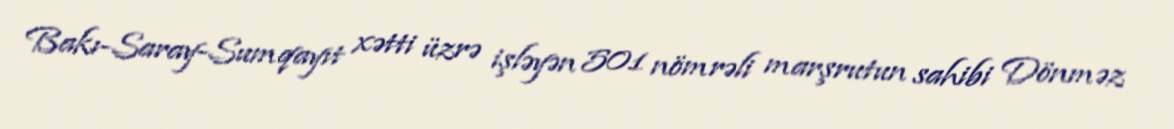
Bakı-Saray-Sumqayıt xətti üzrə işləyən 501 nömrəli marşrutun sahibi Dönməz